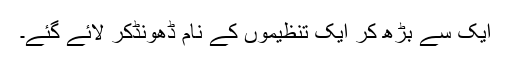
ایک سے بڑھ کر ایک تنظیموں کے نام ڈھونڈکر لائے گئے۔